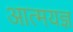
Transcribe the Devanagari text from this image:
आत्मयज्ञ